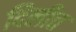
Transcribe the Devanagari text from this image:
दिलीत